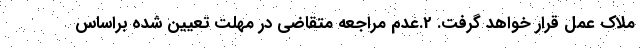
ملاک عمل قرار خواهد گرفت. 2.عدم مراجعه متقاضی در مهلت تعیین شده براساس